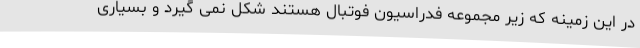
در این زمینه که زیر مجموعه فدراسیون فوتبال هستند شکل نمی گیرد و بسیاری